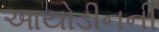
આયોડીનની